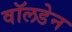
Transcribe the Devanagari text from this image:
वॉलडेन